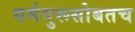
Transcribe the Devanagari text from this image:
धर्मगुरूसोबतच